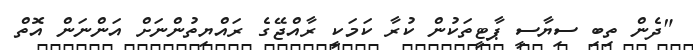
"ދެން ތިބި ސިޔާސީ ޕާޓީތަކުން ކުރާ ކަމަކީ ރާއްޖޭގެ ރައްޔިތުންނަށް އަންނަން އޮތް